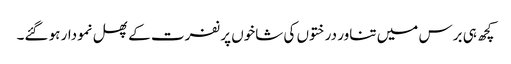
کچھ ہی برس میں تناور درختوں کی شاخوں پر نفرت کے پھل نمودار ہو گئے۔